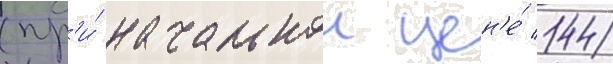
(пр'и́ начальнои цен'е́ 144